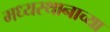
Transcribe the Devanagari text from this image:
मध्यस्थानाच्या